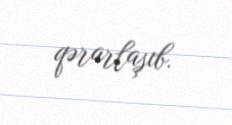
qərarlaşıb.